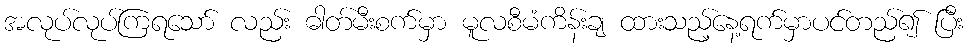
အလုပ်လုပ်ကြရသော် လည်း ဓါတ်မီးစက်မှာ မူလစီမံကိန်းချ ထားသည့်နေ့ရက်မှာပင်တည်၍ ပြီး